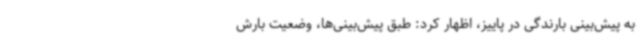
به پیش‌بینی بارندگی در پاییز، اظهار کرد: طبق پیش‌بینی‌ها، وضعیت بارش